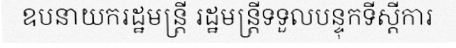
ឧបនាយករដ្ឋមន្ត្រី រដ្ឋមន្ត្រីទទួលបន្ទុកទីស្តីការ